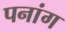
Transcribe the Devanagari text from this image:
पनांग